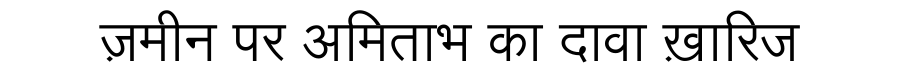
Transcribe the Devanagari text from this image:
ज़मीन पर अमिताभ का दावा ख़ारिज